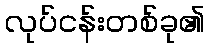
လုပ်ငန်းတစ်ခု၏